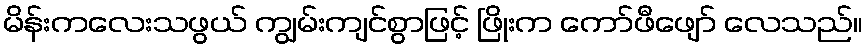
မိန်းကလေးသဖွယ် ကျွမ်းကျင်စွာဖြင့် ဖြိုးက ကော်ဖီဖျော် လေသည်။